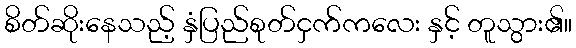
စိတ်ဆိုးနေသည့် နှံပြည်စုတ်ငှက်ကလေး နှင့် တူသွား၏။